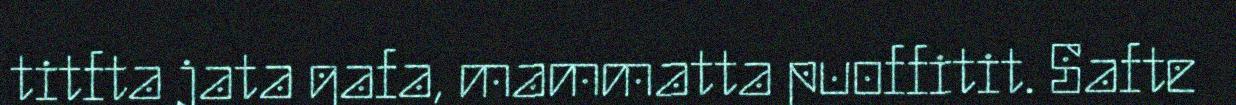
titfta jata gafa, mammatta puoffitit. Safte